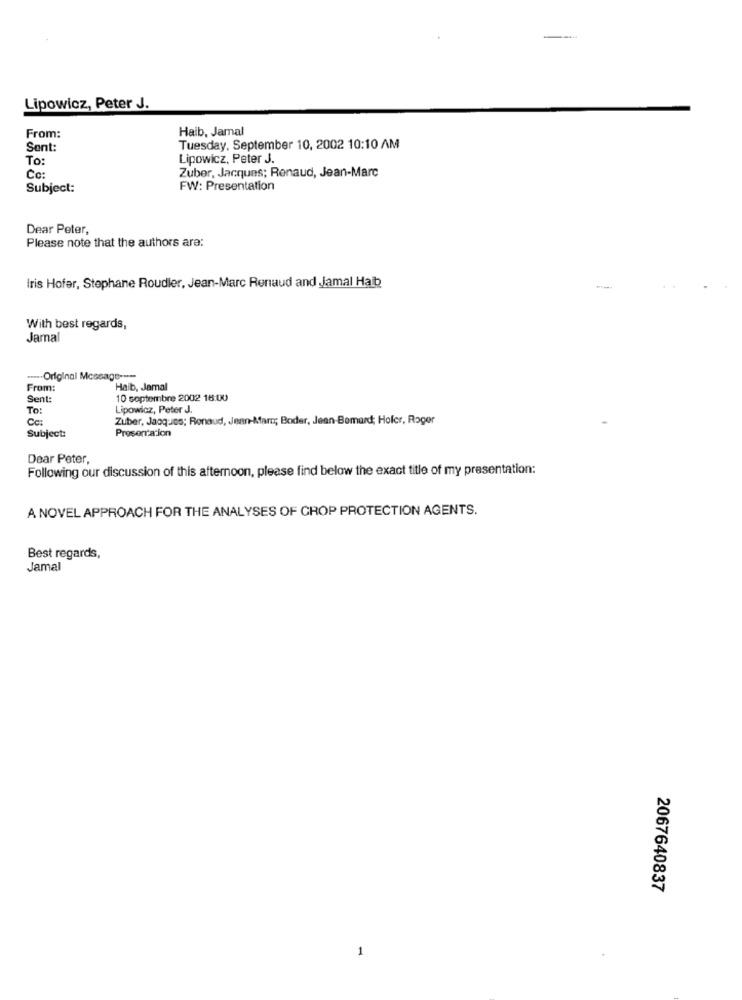
Lipowicz, Peter J.
Haib, Jamal
From:
Sent:
Tuesday, September 10, 2002 10:10 AM
To:
Lipowicz, Peter J.
Cc:
Zuber, Jacques; Renaud, Jean-Marc
Subject:
FW: Presentation
Dear Peter,
Please note that the authors ara:
Iris Hofer, Stephane Roudier, Jean-Marc Renaud and Jamal Haib
With best regards,
Jarna
..... Original Message ---
From:
Haib, Jamal
Sent
10 septembre 2002 18:00
To:
Lipowicz, Peter J.
Cc:
Zuber, Jacques; Renaud, Jean-Marc; Boder, Jean-Bemard; Hofer, Roger
Presentation
Subject:
Dear Peter,
Following our discussion of this afternoon, please find below the exact title of my presentation:
A NOVEL APPROACH FOR THE ANALYSES OF CROP PROTECTION AGENTS.
Best regards,
Jamal
2067640837
1